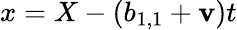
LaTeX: x=X-(b_{1,1}+\mathbf{v})t